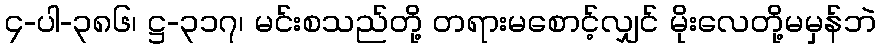
၄-ပါ-၃၈၆၊ ဋ္ဌ-၃၁၇၊ မင်းစသည်တို့ တရားမစောင့်လျှင် မိုးလေတို့မမှန်ဘဲ